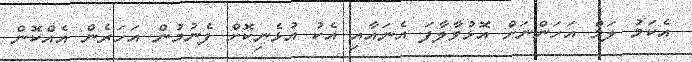
އެކަމު ލަމް އަހަންނަށް އޮޅުވާލާފަ އެނައާއި އެކު އުޅެނިކޮށް ފެނުމުން އަހަރެން އެއްކޮން